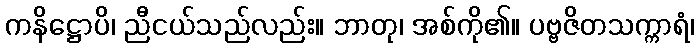
ကနိဋ္ဌောပိ၊ ညီငယ်သည်လည်း။ ဘာတု၊ အစ်ကို၏။ ပဗ္ဗဇိတသက္ကာရံ၊